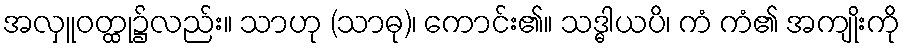
အလှူဝတ္ထု၌လည်း။ သာဟု (သာဓု)၊ ကောင်း၏။ သဒ္ဓါယပိ၊ ကံ ကံ၏ အကျိုးကို